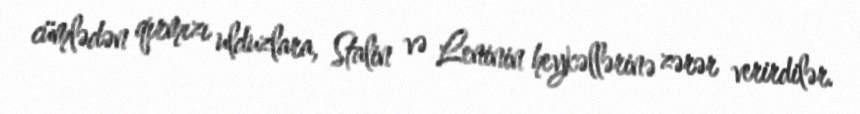
cümlədən qırmızı ulduzlara, Stalin və Leninin heykəllərinə zərər verirdilər.